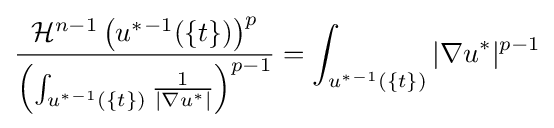
{\frac {{\mathcal {H}}^{n-1}\left(u^{*}{}^{-1}(\{t\})\right)^{p}}{\left(\int _{u^{*}{}^{-1}(\{t\})}{\frac {1}{|\nabla u^{*}|}}\right)^{p-1}}}=\int _{u^{*}{}^{-1}(\{t\})}|\nabla u^{*}|^{p-1}